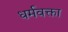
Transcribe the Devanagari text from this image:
धर्मवक्ता